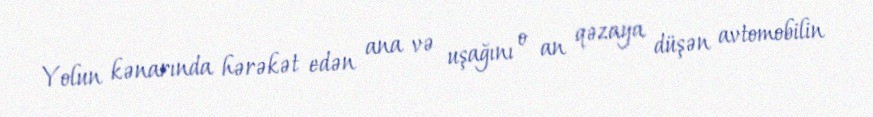
Yolun kənarında hərəkət edən ana və uşağını o an qəzaya düşən avtomobilin